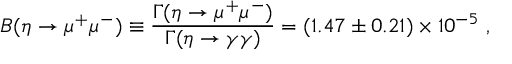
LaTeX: B ( \eta \to \mu ^ { + } \mu ^ { - } ) \equiv { \frac { \Gamma ( \eta \to \mu ^ { + } \mu ^ { - } ) } { \Gamma ( \eta \to \gamma \gamma ) } } = ( 1 . 4 7 \pm 0 . 2 1 ) \times 1 0 ^ { - 5 } \ ,